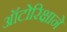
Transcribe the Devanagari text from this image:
ऑटोरिक्षाने